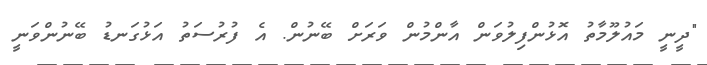
"ދީނީ މައުލޫމާތު އޮޅުންފިލުވަން އާންމުން ވަރަށް ބޭނުން. އެ ފުރުސަތު އަޅުގަނޑު ބޭނުންވަނީ